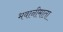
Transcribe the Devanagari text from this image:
भवानीमाता